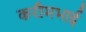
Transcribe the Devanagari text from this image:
करीमभाई